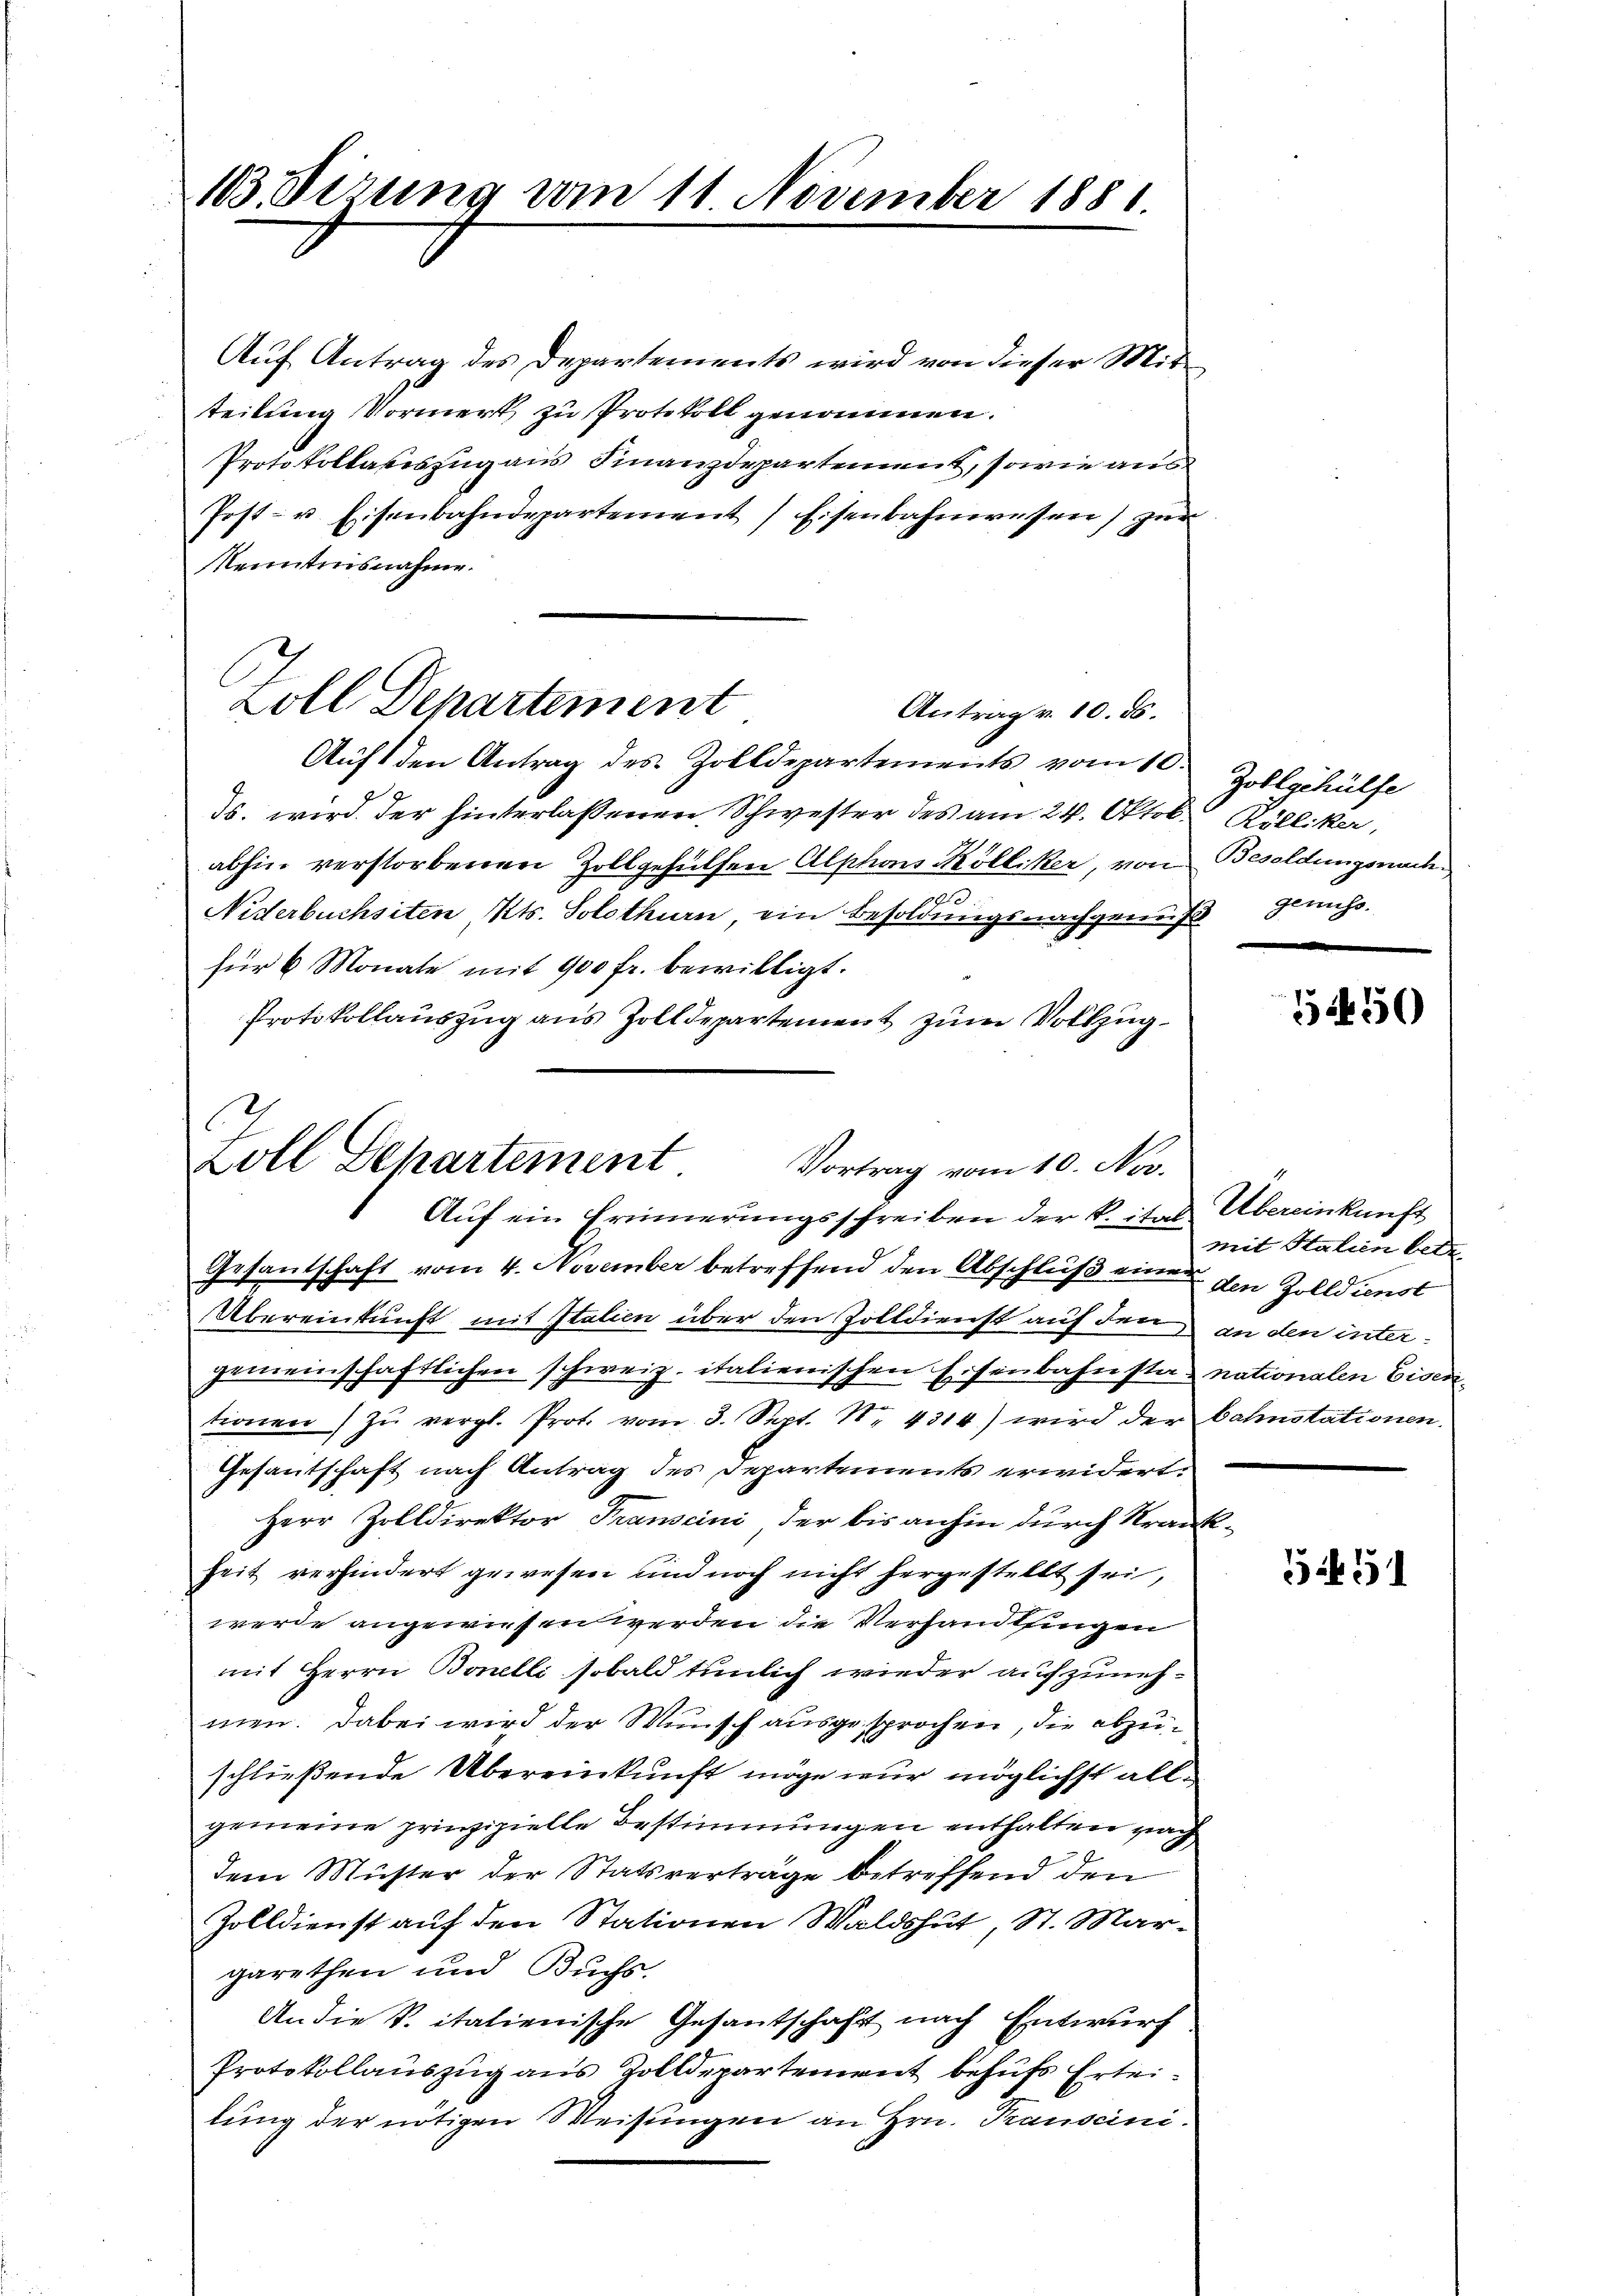
103. Sizung vom 11 November 1881.

Auf Antrag des Departements wird von dieser Mitteilung Vormerk zu Protokoll genommen.
Protokollateszug aus Finanzdepartement, sowie aus
Post- u. Eisenbahndepartement, Eisenbahnwesen) zŭr
Nenntnisnahme.
Antrag v. 10. ds.
Auft den Antrag des Zolldepartements vom 10. Zollgehülfe
Ts. wird der hinterlassenen Schwester des am 24. Oktob. Rölliker,
abhin verstorbenen Zollgehülfen Alphons Kölliker, von Besoldungsnach¬
Niderbuchsiten Kts. Solothurn, ein Besoldungsnachgemeis
für 6 Monate mit 900 fr. bewilligt.
Protokollauszug aus Zolldepartement zum Vollzug
f

Zoll Departement

Zoll Departement Vortrag vom 10. Nov.
Aŭf ein Erinnerungsschreiben der k. ital Übereinkunft

Gesantschaft vom 4. November betreffend den Abschluß eine den Zolldienst
Übereinkunft mit Italien über den Zolldienst auf den an den intergemeinschaftlichen schweiz. italienischen Eisenbahnstat nationalen Eisentionen zŭ vergl. Prot. vom 3. Sept. Nr. 4314) wird der bahnstationen.
Gesantschaft nach Antrag des Departements erwidert.
Herr Zolldirektor Transcini, der bis anhin durch Krankheit verhindert gewesen und noch nicht hergestellt sei,
werde angewiesen werden die Verhandlungen
mit Herrn Bonelli sobald tunlich wieder aufzunehmen. Dabei wird der Wunsch ausgesprochen, die abzuschließende Übereinkunft möge nur möglichst allgemeine prinzipielle Bestimmungen enthalten nach
dem Müster der Statsverträge betreffend den
Zolldienst auf den Stationen Waldshut, St. Margarethen und Buchs-
An die S. italienische Gesantschaft nach Entwurf
Protokollauszug aus Zolldepartement behufs Erteilung der nötigen Weisungen an Hrn. Transcini.

genuss.

550

mit Italien betr.

5451